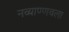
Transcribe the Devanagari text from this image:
नव्याण्णवला